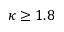
\kappa \ge 1 . 8